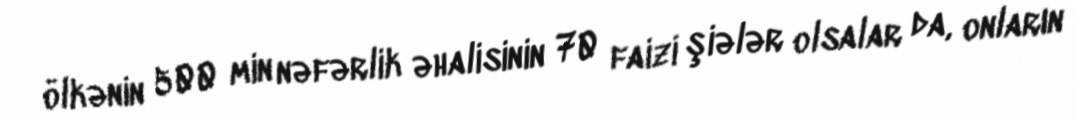
ölkənin 500 min nəfərlik əhalisinin 70 faizi şiələr olsalar da, onların